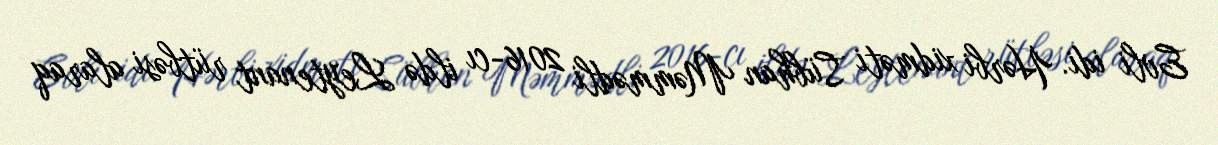
Evli idi. Hərbi xidməti Sübhan Məmmədli 2016-cı ildə Leytenant rütbəsi alaraq